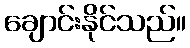
ချောင်းနိုင်သည်။